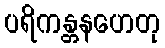
ပရိကန္တနဟေတု